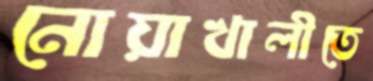
নোয়াখালীতে